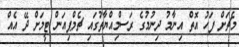
މެޗަށް ފަހު އޮތް އިނާމު ދިނުމުގެ ރަސްމިއްޔާތުގައި ޗެމްޕިއަން ޓީމަށް ދޭ އެއް